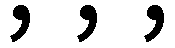
, , ,